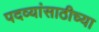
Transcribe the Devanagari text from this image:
पदव्यांसाठीच्या